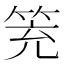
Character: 𥬱